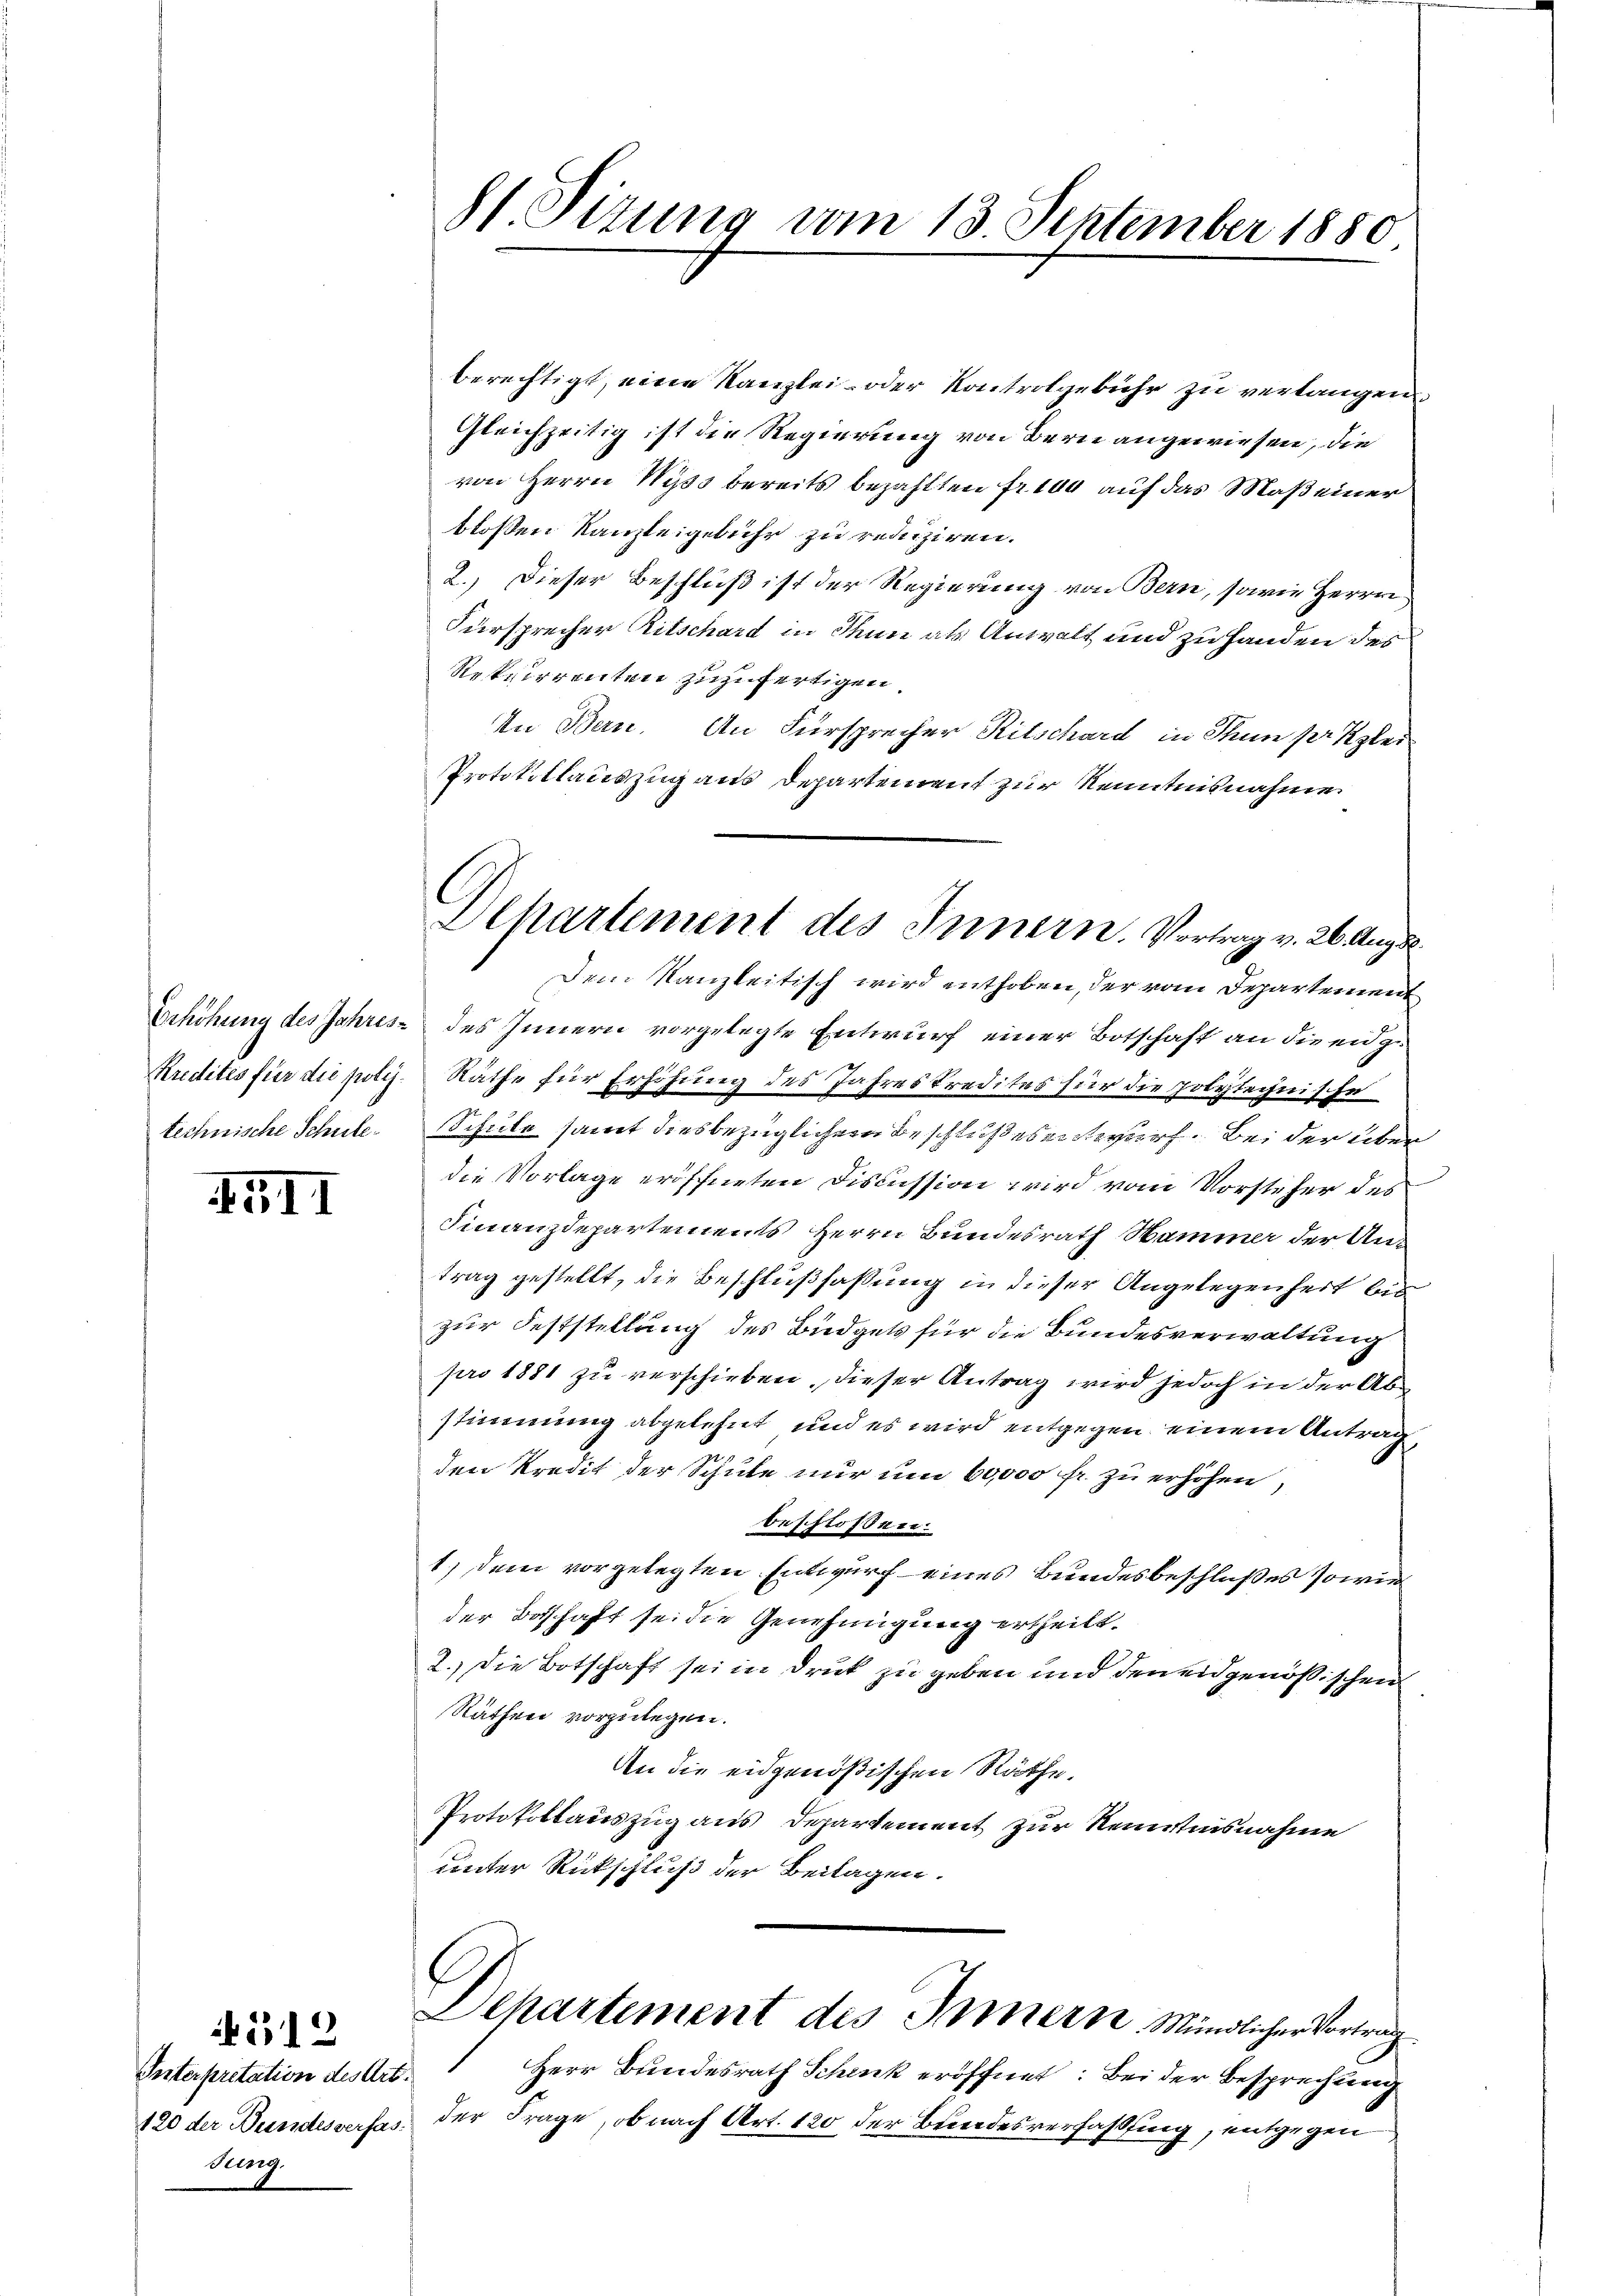
technische Schule.

51

Interpretation des Art
120 der Bundesverfasdung.

4512

ht. Situng vom 13. September 1880

berechtigt, eine Kanzlei- oder Kontrolgebühr zu verlangen,
Gleichzeitig ist die Regierung von Bern angewiesen, die
von Herrn Miss bereits bezahlten Fr. 100 auf das Maß einer
bloßen Kanzleigebühr zu reduziren.
2.) Dieser Beschluß ist der Regierung von Bern, sowie Herrn
Fürsprecher Ritschard in Thun als Anwalt und zu Handen des
Resterrenten zuzufertigen.
An Bern. An Fürsprecher Ritschard in Thun pr Klei
Prototiklauszug aus Departement zur Kenntnisnahme
Dem Kanzleitisch wird enthoben, der vom Departement
Erhöhung des Jahres des Innern vorgelegte Entwurf einer Botschaft an die eidg¬
Kredites für die poly. Räthe für Erhöhung des Jahreskredites für die polyteynische
Schule samt diesbezüglicher Beschlußesentwurf. Bei der über
die Vorlage eröffneten Fiscussion wird vom Vorsteher des
Finanzdepartements Herrn Bundesrath Hammer der Antrag gestellt, die Beschlußfassung in dieser Angelegenheit bis
zur Feststellung des Büdgets für die Bundesverwaltung
pro 1881 zu verschieben, dieser Antrag wird jedoch in der Abstimmung abgelehnt, und es wird entgegen einem Antrag,
den Kredit der Schule nur um 60,000 fr. zu erhöhen,
beschlossen.
1.) Dem vorgelegten Entwurf eines Bundesbeschlußes sowie
der Beschaft sei die Genehmigung ertheilt.
2.) Die Botschaft sei in Druk zu geben und den eidgenößischen
Räthen vorzulegen.
An die eidgenößischen Räthe.
Protokollauszug aus Departement zur Kenntnisnahme
unter Rückschluß der Beitagen.
Departement des Innern Mündlicher Vortrag
Herr Bundesrath Schenk eröffnet: Bei der Besprechung
der Frage, ob nach Art. 120 der Bundesverfassung, entgegen

Dehartement des Innern. Vortrag v. 26. Augus